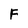
Character: F